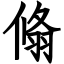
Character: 翛